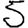
Digit: 5